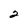
Character: 2